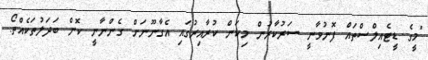
"މީގެ ޑީޓެއިލްސްތައް ފޮނުވާނީ ސަރުކާރުން މިކަން ކުރާއިރުގައި އެގާނޫނަށް ގެންނާނީ ކޮން ބަދަލުތަކެއްތޯ.